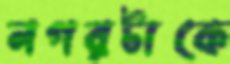
নগরটাকে